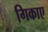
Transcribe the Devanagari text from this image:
गिकाए